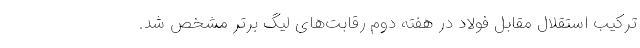
ترکیب استقلال مقابل فولاد در هفته دوم رقابت‌های لیگ برتر مشخص شد.